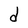
Character: d